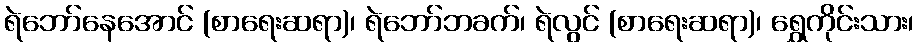
ရဲဘော်နေအောင် (စာရေးဆရာ)၊ ရဲဘော်ဘခက်၊ ရဲလွင် (စာရေးဆရာ)၊ ရွှေကိုင်းသား၊